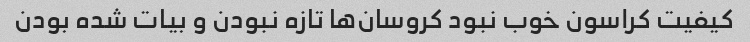
کیفیت کراسون خوب نبود کروسان‌ها تازه نبودن و بیات شده بودن